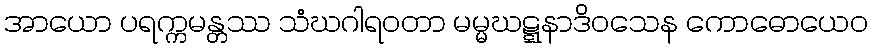
အာယော ပရက္ကမန္တဿ သံဃဂါရဝတာ မမ္မဃဋ္ဋနာဒိဝသေန ကောဓောယေဝ